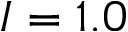
I = 1 . 0